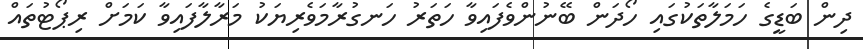
ދިން ބަޑީގެ ހަމަލާތަކުގައި ހޯދަން ބޭނުންވެފައިވާ ހަތަރު ހަނގުރާމަވެރިޔަކު މަރާލާފައިވާ ކަމަށް ރިޕޯޓުތައް